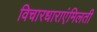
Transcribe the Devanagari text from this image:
विचारधाराएंमिलती